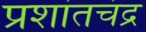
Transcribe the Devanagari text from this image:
प्रशांतचंद्र